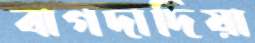
বাগদাদিয়া